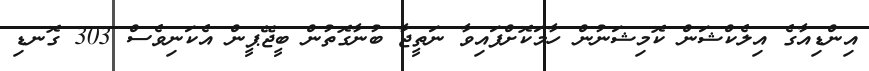
އިންޑިއާގެ އިލެކްޝަން ކޮމިޝަނުން ހާމަކޮށްފައިވާ ނަތީޖާ ބުނާގޮތުން ބީޖޭޕީން އެކަނިވެސް 303 ގޮނޑި